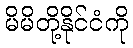
မိမိတို့နိုင်ငံကို